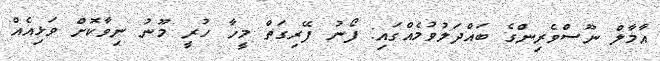
އާމާލް ނޫސްވެރިންގެ ބައްދަލުވުމެއްގައި: ފޯނު ފޭރިގަތް މީހާ ހުރީ މޫނު ނިވާކޮށް ވަޅިއެއް